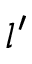
l ^ { \prime }